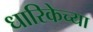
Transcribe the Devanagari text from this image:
धारिकेच्या